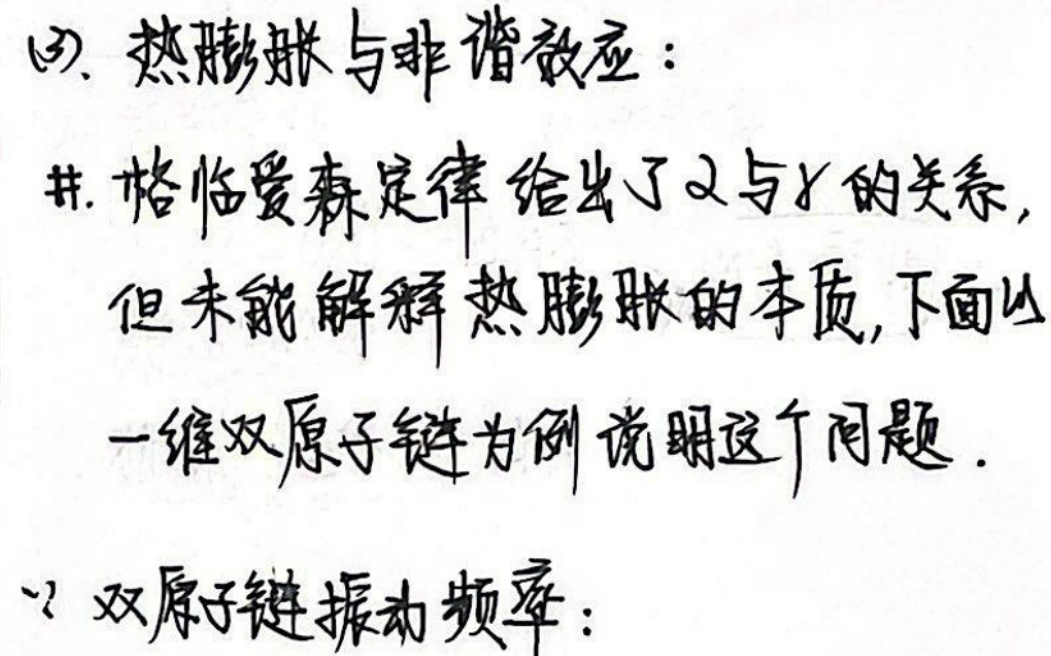
(3). 热膨胀与非谐效应：

#. 格临爱森定律给出了$\alpha$与$\gamma$的关系,
但未能解释热膨胀的本质,下面以
一维双原子链为例说明这个问题.

$\because$双原子链振动频率：